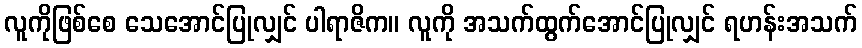
လူကိုဖြစ်စေ သေအောင်ပြုလျှင် ပါရာဇိက။ လူကို အသက်ထွက်အောင်ပြုလျှင် ရဟန်းအသက်